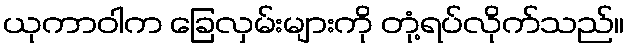
ယုကာဝါက ခြေလှမ်းများကို တုံ့ရပ်လိုက်သည်။